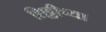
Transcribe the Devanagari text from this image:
शि्ट्टीच्या